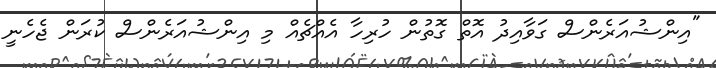
"އިންޝުއަރެންސް ގަވާއިދު އޮތް ގޮތުން ހުރިހާ އެއްޗެއް މި އިންޝުއަރެންސް ކުރަން ޖެހެނީ